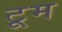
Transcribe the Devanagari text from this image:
टूम